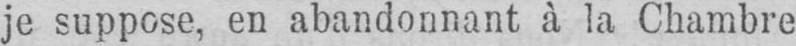
je suppose, en abandonnant à la Chambre